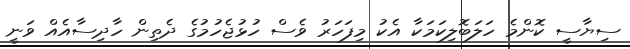
ސިޔާސީ ކޮންމެ ހަލަބޮލިކަމަކާ އެކު މިފަހަރު ވެސް ހުޅުޖެހުމުގެ ދެތިން ހާދިސާއެއް ވަނީ